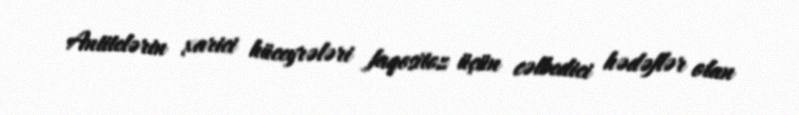
Antitelərin xarici hüceyrələri faqositoz üçün cəlbedici hədəflər olan